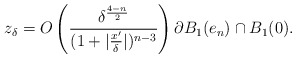
\begin{align*}z_\delta= O\left(\frac{\delta^\frac{4-n}{2}}{(1+|\frac{x'}{\delta}|)^{n-3}}\right) \partial B_1(e_n)\cap B_1(0).\end{align*}